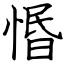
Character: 惽